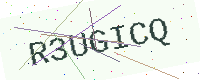
Text: R3UGICQ